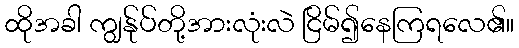
ထိုအခါ ကျွန်ုပ်တို့အားလုံးလဲ ငြိမ်၍နေကြရလေ၏။